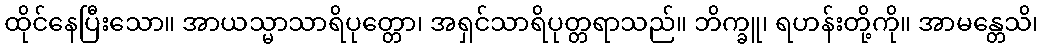
ထိုင်နေပြီးသော။ အာယသ္မာသာရိပုတ္တော၊ အရှင်သာရိပုတ္တရာသည်။ ဘိက္ခူ၊ ရဟန်းတို့ကို။ အာမန္တေသိ၊